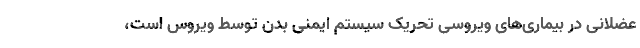
عضلانی در بیماری‌های ویروسی تحریک سیستم ایمنی بدن توسط ویروس است،